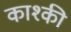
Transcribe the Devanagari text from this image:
काश्की